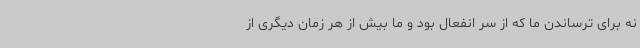
نه برای ترساندن ما که از سر انفعال بود و ما بیش از هر زمان دیگری از